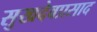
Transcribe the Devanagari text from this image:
सुखदेवप्रसाद